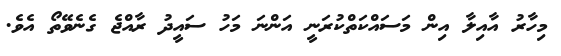
މިހާރު އާއިލާ އިން މަސައްކަތްކުރަނީ އަންނަ މަހު ސައީދު ރާއްޖެ ގެނެވޭތޯ އެވެ.